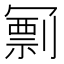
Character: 𠖟